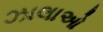
ઝાલાઓ